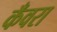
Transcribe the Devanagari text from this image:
कँवरा